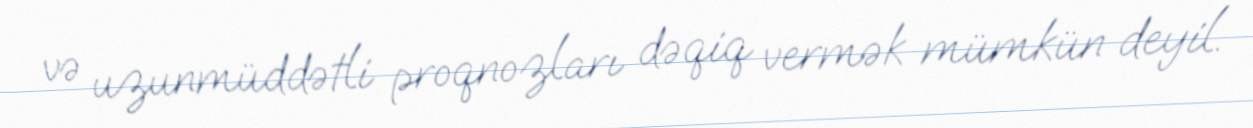
və uzunmüddətli proqnozları dəqiq vermək mümkün deyil.